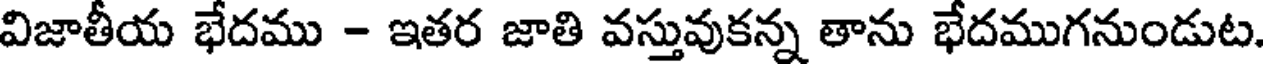
విజాతీయ భేదము - ఇతర జాతి వస్తువుకన్న తాను భేదముగనుండుట